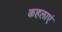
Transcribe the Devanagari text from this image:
कहलाएं